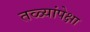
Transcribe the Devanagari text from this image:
तळ्यांपेक्षा